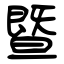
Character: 暨